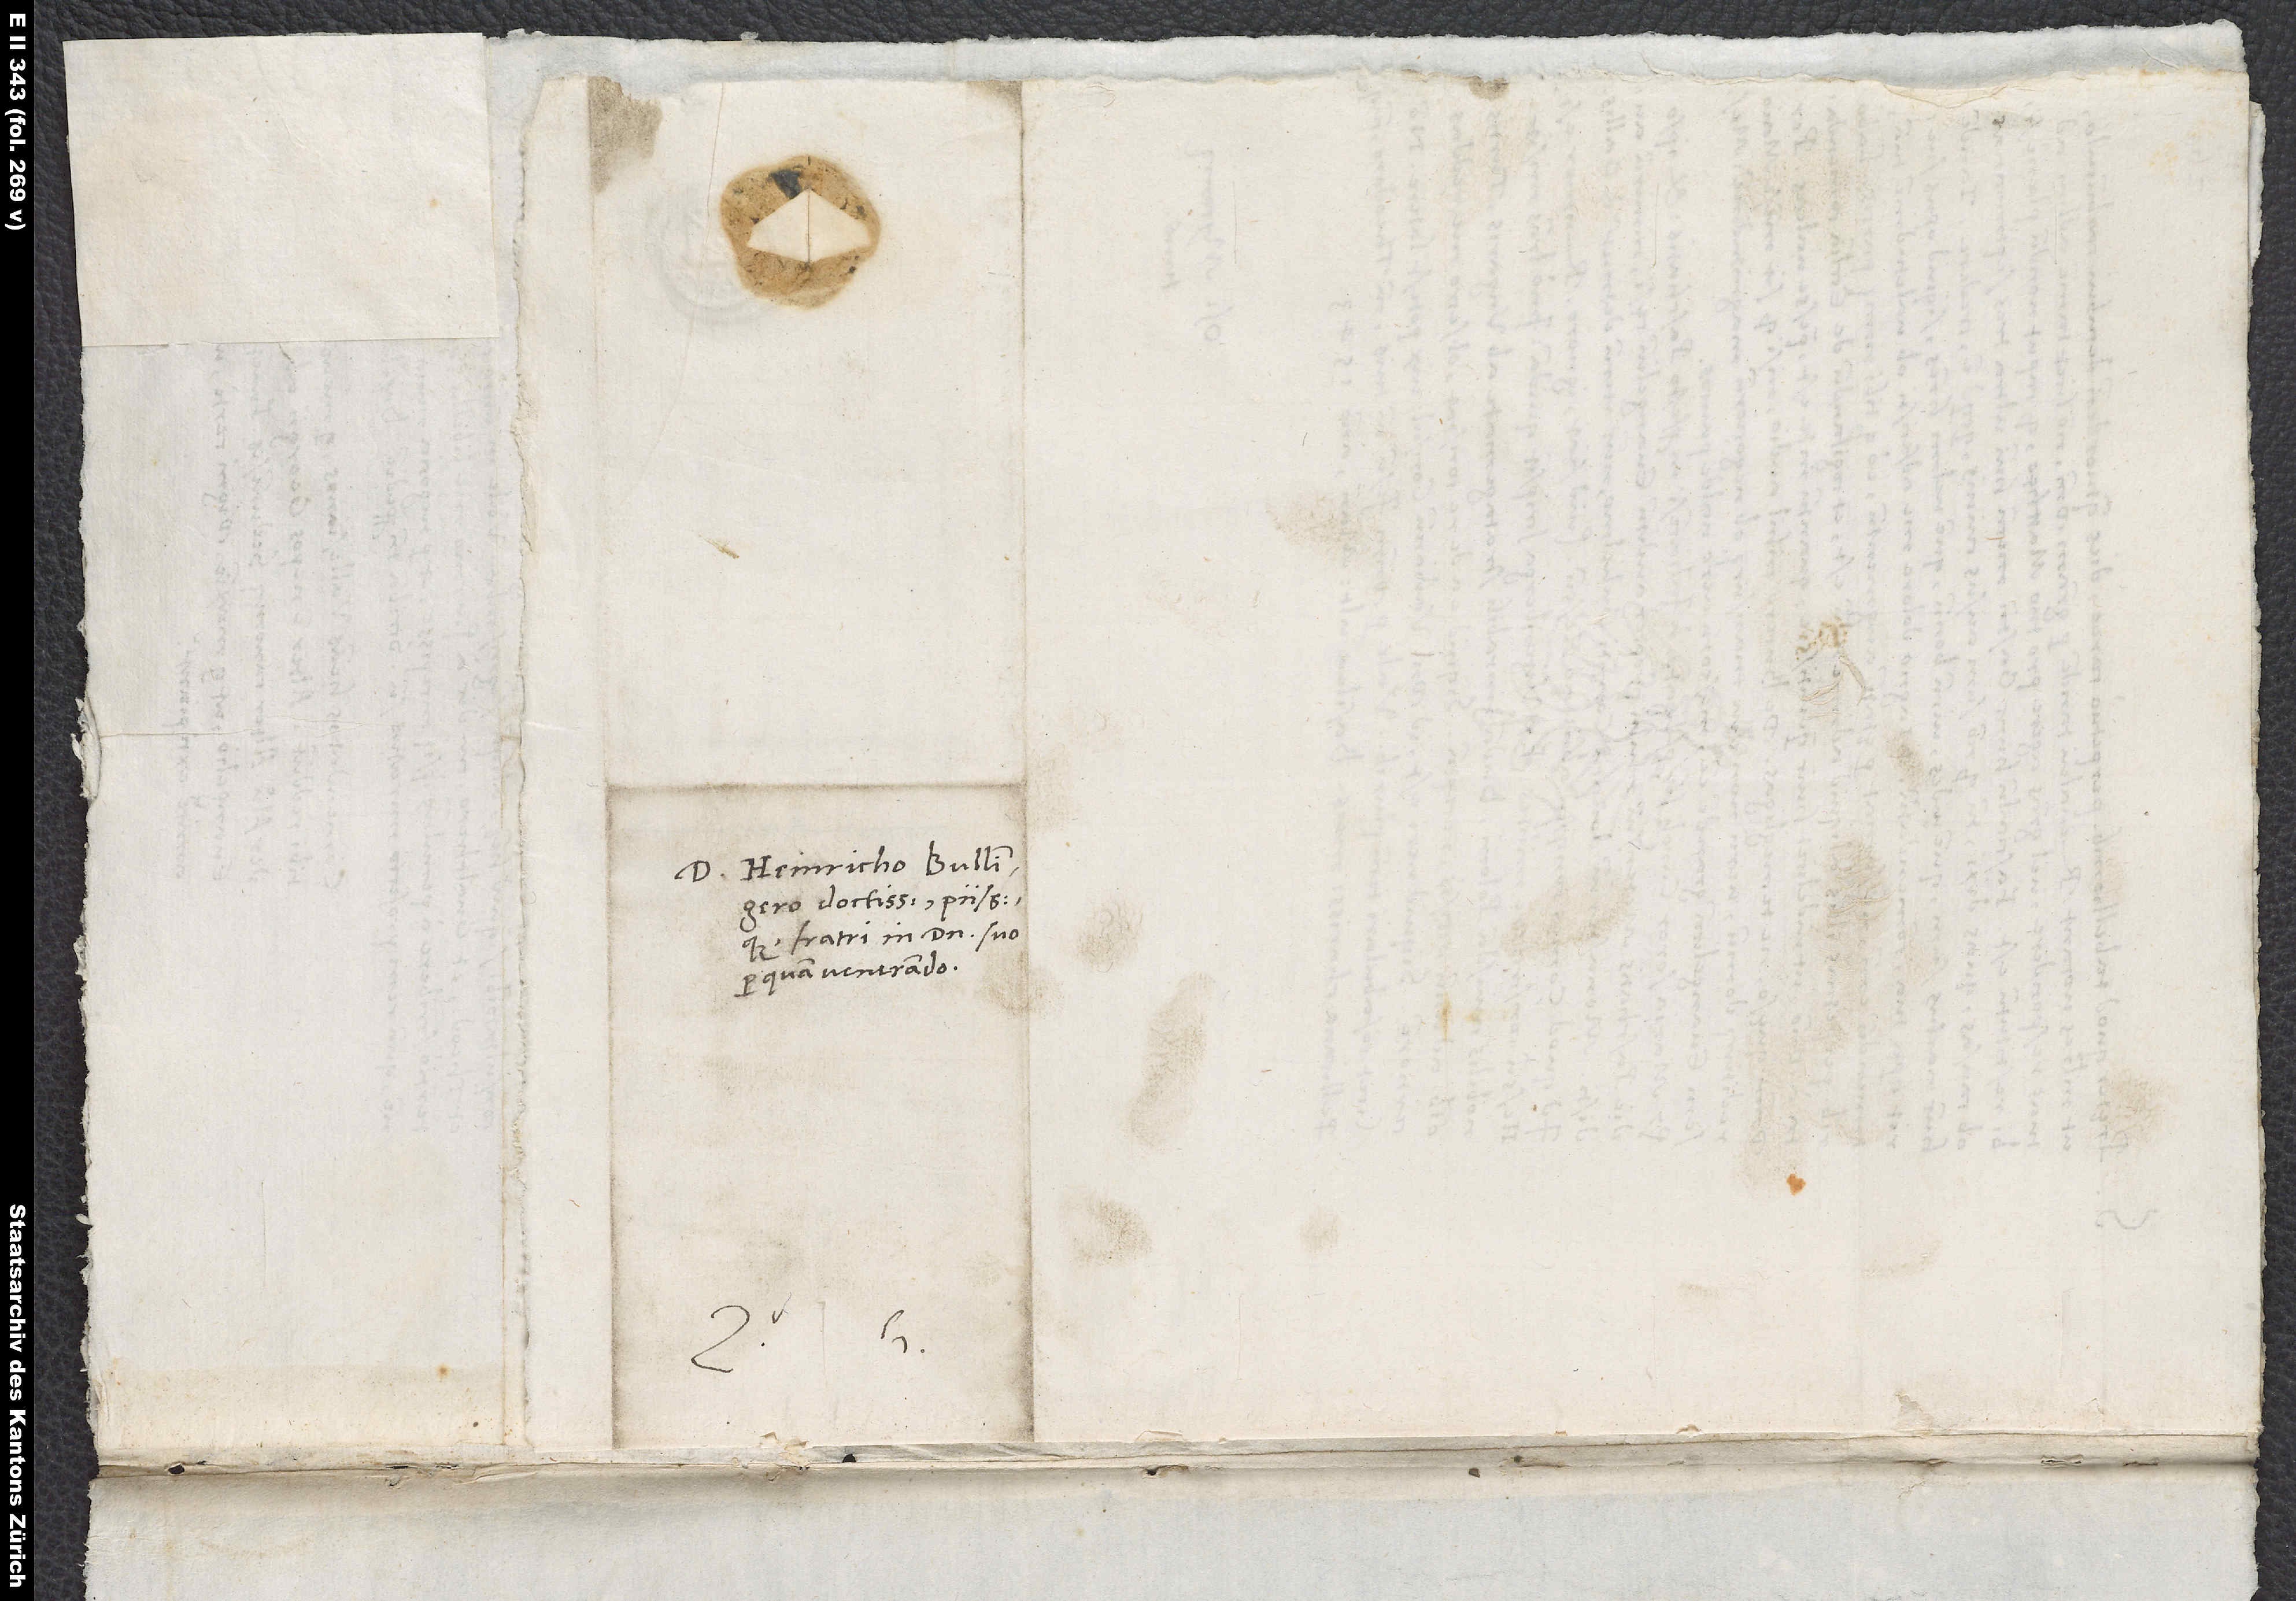
D. Heinricho Bullingero
doctissimo piissimoque,
fratri in domino suo
perquam venerando.
S.